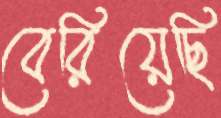
বেরিয়েছি